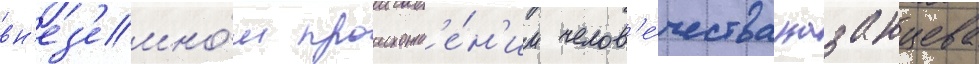
вн'ез'емно́м происхожд'е́н'ии челов'е́чества казанцева